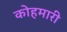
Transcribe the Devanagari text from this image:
कोहमारी